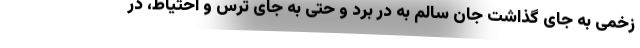
زخمی به جای گذاشت جان سالم به در برد و حتی به جای ترس و احتیاط، در